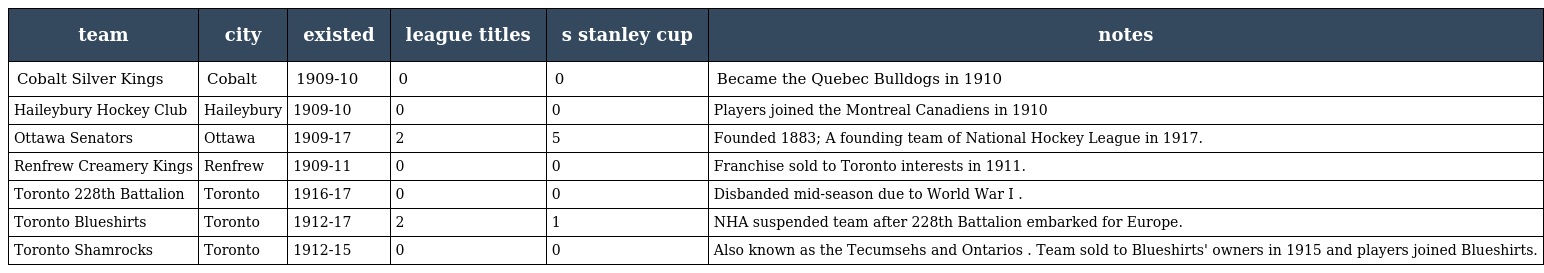
| team | city | existed | league titles | s stanley cup | notes |
 | --- | --- | --- | --- | --- | --- |
 | Cobalt Silver Kings | Cobalt | 1909-10 | 0 | 0 | Became the Quebec Bulldogs in 1910 |
 | Haileybury Hockey Club | Haileybury | 1909-10 | 0 | 0 | Players joined the Montreal Canadiens in 1910 |
 | Ottawa Senators | Ottawa | 1909-17 | 2 | 5 | Founded 1883; A founding team of National Hockey League in 1917. |
 | Renfrew Creamery Kings | Renfrew | 1909-11 | 0 | 0 | Franchise sold to Toronto interests in 1911. |
 | Toronto 228th Battalion | Toronto | 1916-17 | 0 | 0 | Disbanded mid-season due to World War I . |
 | Toronto Blueshirts | Toronto | 1912-17 | 2 | 1 | NHA suspended team after 228th Battalion embarked for Europe. |
 | Toronto Shamrocks | Toronto | 1912-15 | 0 | 0 | Also known as the Tecumsehs and Ontarios . Team sold to Blueshirts' owners in 1915 and players joined Blueshirts. |